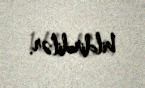
bildirdilər.